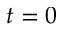
t = 0